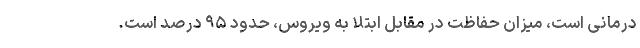
درمانی است، میزان حفاظت در مقابل ابتلا به ویروس، حدود ۹۵ درصد است.